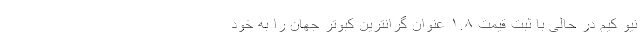
نیو کیم در حالی با ثبت قیمت ۱.۸ عنوان گرانترین کبوتر جهان را به خود